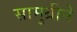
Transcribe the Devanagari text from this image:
सामुग्रीने